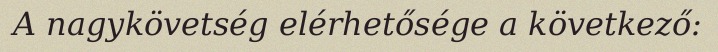
A nagykövetség elérhetősége a következő: